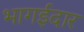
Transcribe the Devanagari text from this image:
भागईदार